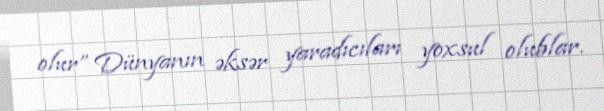
olur” Dünyanın əksər yaradıcıları yoxsul olublar.